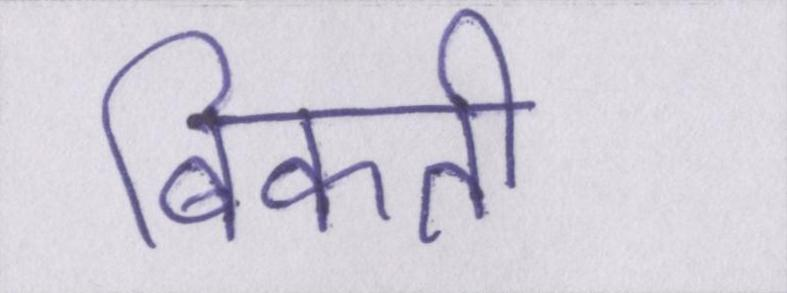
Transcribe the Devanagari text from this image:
बिकती